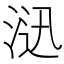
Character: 𱦮